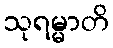
သုရမ္မာတိ